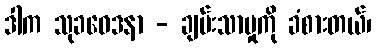
ဒါက သုခဝေဒနာ - ချမ်းသာမှုကို ခံစားတယ်၊